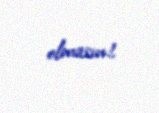
olmasın!.